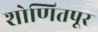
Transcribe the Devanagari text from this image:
शोणितपूर